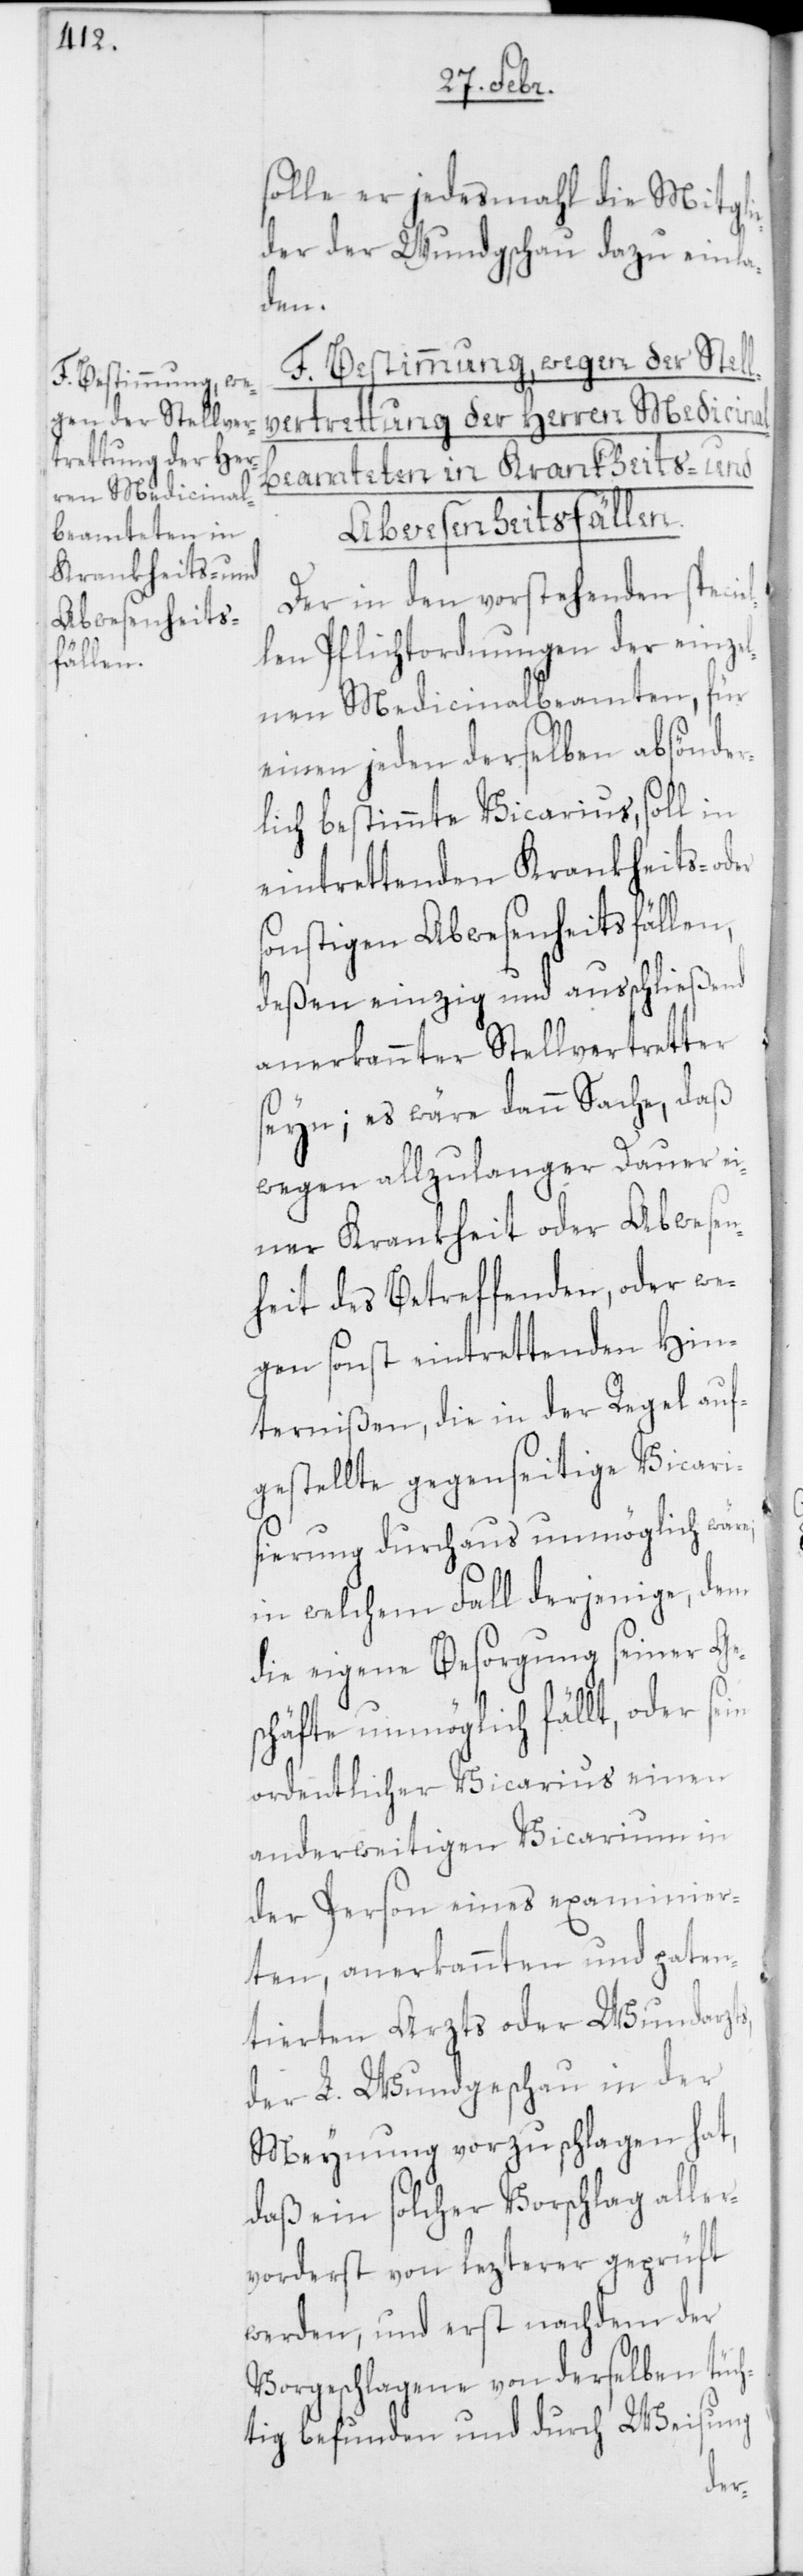
F. Bestimmung, we¬
gen der Stellver¬
trettung der Her¬
ren Medicinal¬
beamteten in
Krankheits- und

solle er jedesmahl die Mitgl¬
der der Wundgschau dazu einla¬
den.
Abwesenheitsfällen
Der in den vorstehenden speciel¬
len Pflichtordnungen der einzel¬
nen Medicinalbeamten, für
einen jeden derselben absönder¬
lich bestimmte Vicarius, soll in
eintrettenden Krankheits- o¬
sonstigen Abwesenheitsfällen,
deßen einzig und ausschließend
anerkannter Stellvertretter
seyn; es wäre dann Sache, daß
wegen allzu langer Dauer ei¬
ner Krankheit oder Abwesen¬
heit des Betreffenden, oder we¬
gen sonst eintrettenden Hin¬
ternißen, die in der Regel auf¬
gestellte gegenseitige Vicari¬
sierung durchaus unmöglich wäre;
in welchem Fall derjenige, dem
die eigene Besorgung seiner Ge¬
schäfte unmöglich fällt, oder sein
ordentlicher Vicarius einen
anderweitigen Vicarium in
der Person eines examinier¬
ten, anerkannten und paten¬
tierten Arzts oder Wundarzts,
der L. Wundgschau in der
Meynung vorzuschlagen hat,
daß ein solcher Vorschlag aller¬
vorderst von letzterer geprüft
werden, und erst nachdem der
Vorgeschlagene von derselben tüch¬
tig befunden und durch Weisung
der